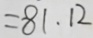
= 8 1 . 1 2